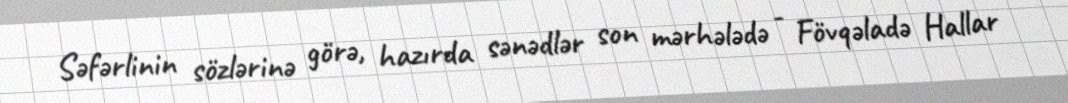
Səfərlinin sözlərinə görə, hazırda sənədlər son mərhələdə - Fövqəladə Hallar